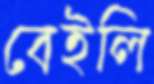
বেইলি